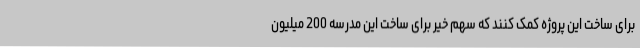
برای ساخت این پروژه کمک کنند که سهم خیر برای ساخت این مدرسه 200 میلیون